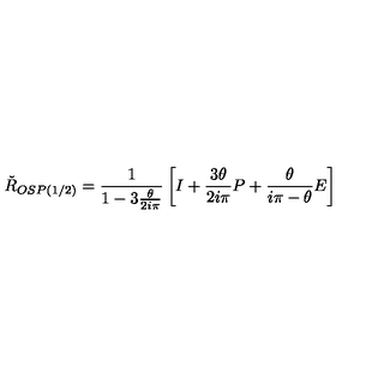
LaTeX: \check { R } _ { O S P ( 1 / 2 ) } = { \frac { 1 } { 1 - 3 { \frac { \theta } { 2 i \pi } } } } \left[ I + { \frac { 3 \theta } { 2 i \pi } } P + { \frac { \theta } { i \pi - \theta } } E \right]